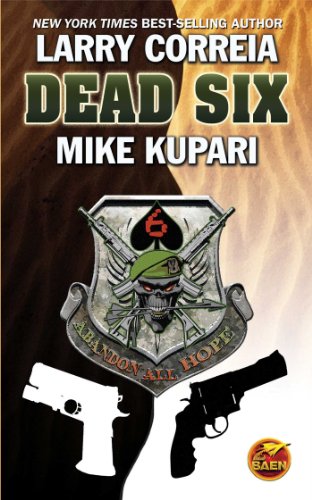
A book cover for Dead Six; Larry Correia; Literature & Fiction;